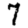
Digit: 7